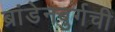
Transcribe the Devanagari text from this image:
ब्रांडेनबुर्गची